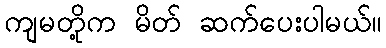
ကျမတို့က မိတ် ဆက်ပေးပါမယ်။